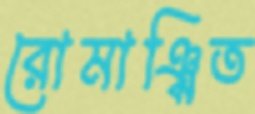
রোমাঞ্চিত